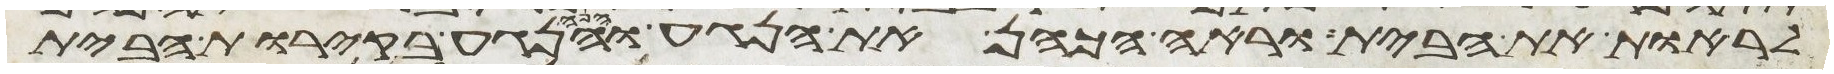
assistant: לראות את הבית וראה הכהן את הנגע והנה הנגע בקירות הבית